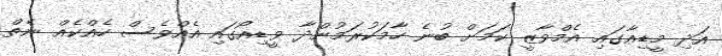
އަދި މީޑިއާގައި އެމްވާޒީ ކަމަށް ބުނެ ހާމަކުރަމުންދާ ވީޑިއޯގައި އެއްވެސް ހެއްކެއް ނެތް